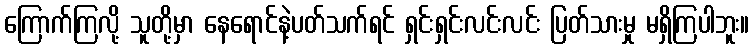
ကြောက်ကြလို့ သူတို့မှာ နေရောင်နဲ့ပတ်သက်ရင် ရှင်းရှင်းလင်းလင်း ပြတ်သားမှု မရှိကြပါဘူး။